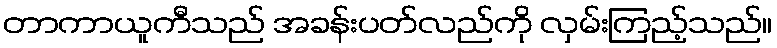
တာကာယူကီသည် အခန်းပတ်လည်ကို လှမ်းကြည့်သည်။